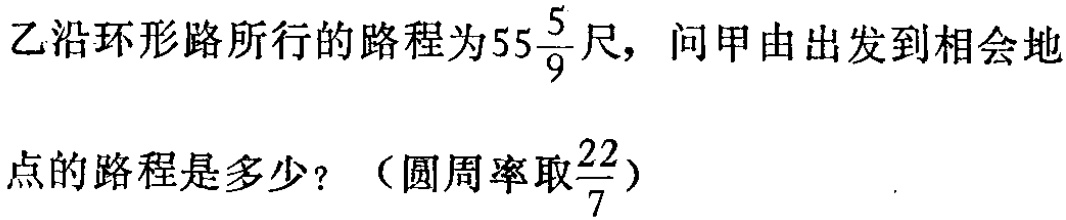
乙沿环形路所行的路程为\(55\frac{5}{9}\)尺，问甲由出发到相会地

点的路程是多少？（圆周率取\(\frac{22}{7}\)）